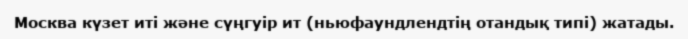
Москва күзет иті және сүңгуір ит (ньюфаундлендтің отандық типі) жатады.